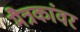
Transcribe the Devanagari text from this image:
मैत्रकांवर